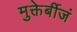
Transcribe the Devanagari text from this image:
मुक्तेर्बीजं